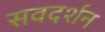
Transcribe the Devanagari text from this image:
सवदर्शन